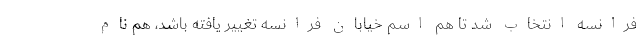
فرانسه انتخاب شد تا هم اسم خیابان فرانسه تغییر یافته باشد، هم نام